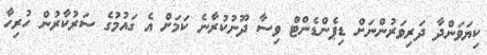
ކިޔަވަންދާ ދަރިވަރުންނަށް ޑިޕެންޑެންޓް ވިސާ ދޫނުކުރާނެ ކަމަށް އެ ގައުމުގެ ސަރުކާރުން ހުރިހާ